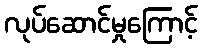
လုပ်ဆောင်မှုကြောင့်